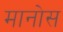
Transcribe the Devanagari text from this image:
मानोस